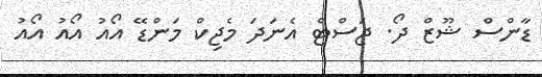
ޑާންސް ޝޫޒް ދޯ. ޖަސްޓް އެނަދަ މެޖިކް މަންޑޭ އޯއު އޯއު އޯއު